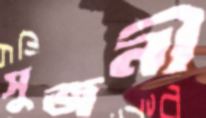
সুজনী